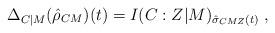
LaTeX: \begin{align*}\Delta_{C|M}(\hat{\rho}_{CM})(t) = I(C:Z|M)_{\hat{\sigma}_{CMZ}(t)}\;,\end{align*}